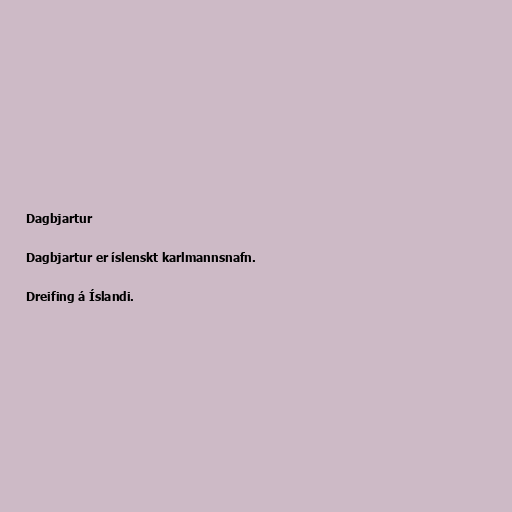
Dagbjartur

Dagbjartur er íslenskt karlmannsnafn.

Dreifing á Íslandi.